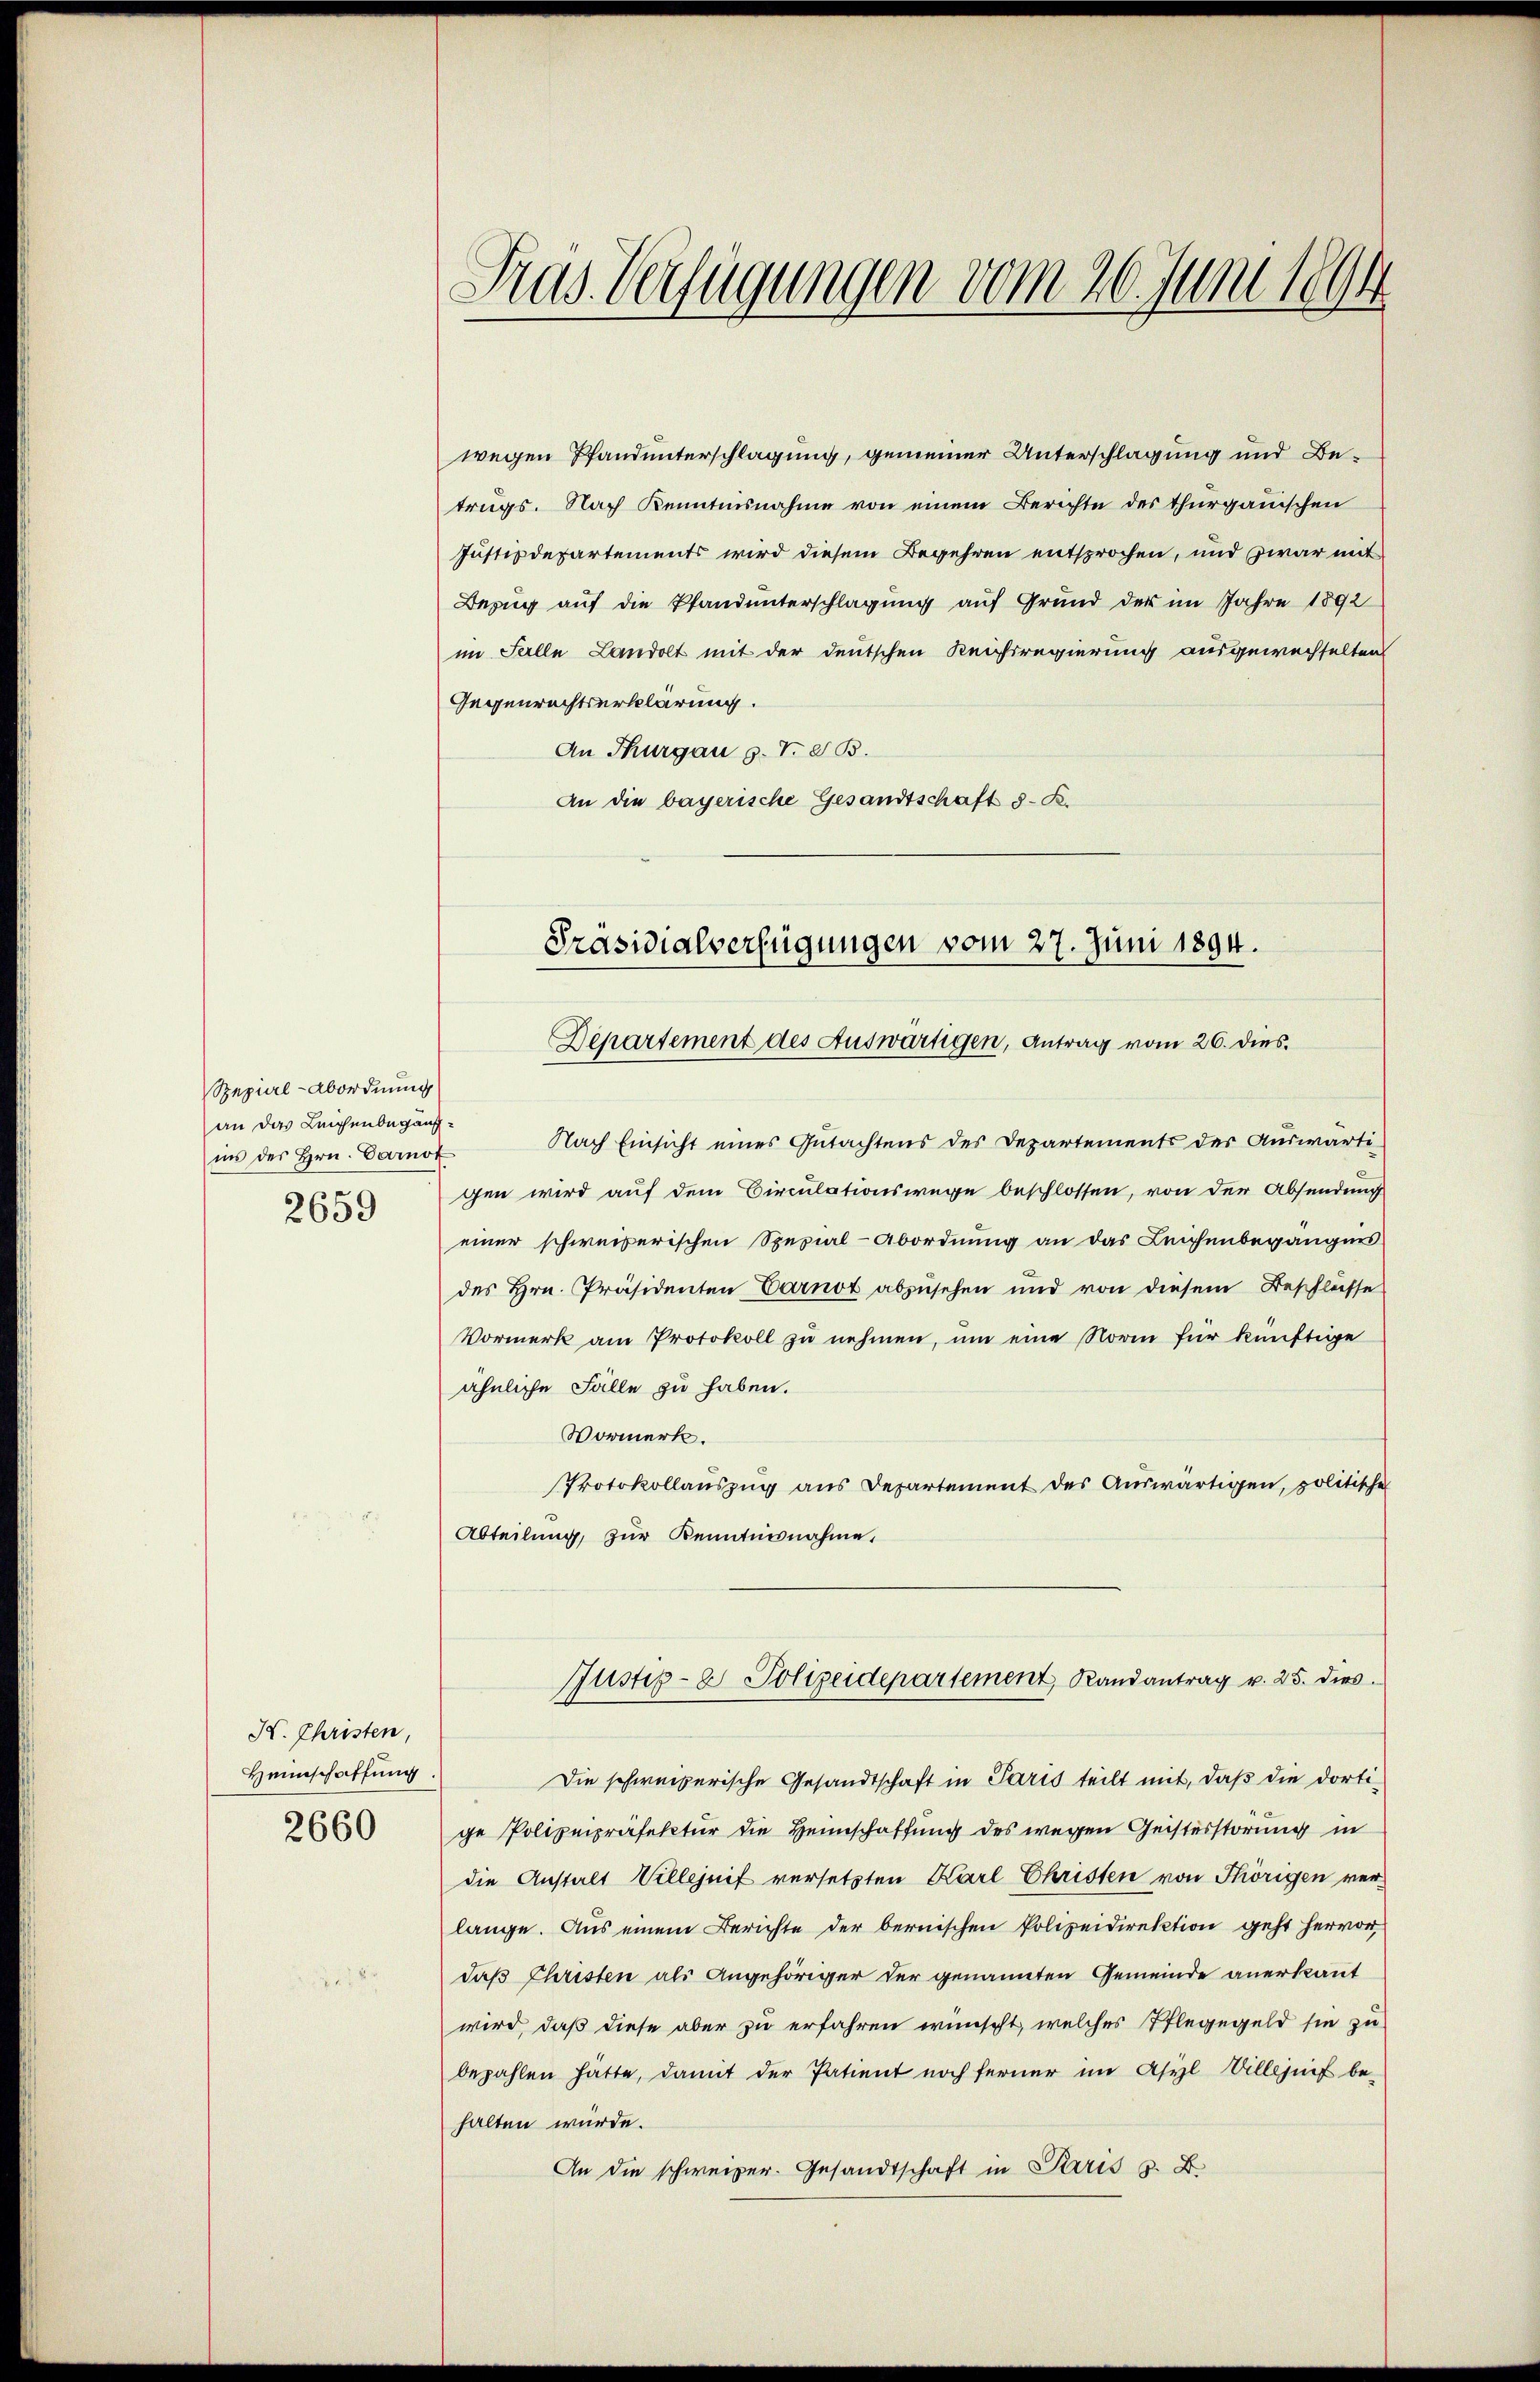
Spezial-Abordnung
an das Leichenbegängins des Hrn. Carnot
2659

K. Christen,
Heimschaffung.
2660

Gras Verfügungen vom 20. Juni 1891

wegen Pfandunterschlagung, gemeiner Unterschlagung und Betrugs. Nach Kenntnisnahme von einem Berichte des thurgauischen
Justizdepartements wird diesem Begehren entsprochen, und zwar mit
Bezug auf die Pfandunterschlagung auf Grund der im Jahre 1892
im Falle Landolt mit der deutschen Reichsregierung ausgewechselten
Gegenrechtserklärung.
An Thurgau s. V. B.
An die bayerische Gesandtschaft s. B.

Nach Einsicht eines Gutachtens des Departements der Auswärtigen wird auf dem Circulationswege beschlossen, von der Absendung
einer schweizerischen Spezial-Abordnung an das Leichenbegängnis
des Hrn. Präsidenten Carnot abzusehen und von diesem Beschliesse
Vormerk am Protokoll zu nehmen, um eine Norm für künftige
ähnliche Fälle zu haben.
Vormerk.
Protokollauszug aus Departement des Auswärtigen, politische
Abteilung, zur Kenntnisnahme.
Justiz- & Polizeidepartement, Randantrag v. 25. dies
Die schweizerische Gesandtschaft in Paris teilt mit, daß die dortige Polizeipräfektur die Heimschaffung des wegen Geisterstörung in
die Anstalt Willejnif versetzten Karl Christen von Thörigen verlange. Aus einem Berichte der bernischen Polizeidirektion geht hervor,
daß Christen als Angehöriger der genannten Gemeinde anerkannt
wird, daß diese aber zu erfahren wünscht, welches Pflegegeld sie zu
bezahlen hätte, damit der Patient noch ferner im Asyl Villejuif be-
halten würde.
An die schweizer. Gesandtschaft in Paris z. B.

Präsidialverfügungen vom 27. Juni 1894.
Departement des Auswärtigen, Antrag vom 26. dies